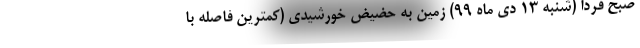
صبح فردا (شنبه ۱۳ دی ماه ۹۹) زمین به حضیض خورشیدی (کمترین فاصله با